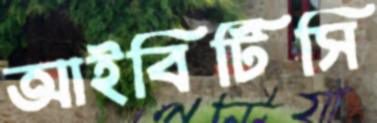
আইবিটিসি